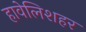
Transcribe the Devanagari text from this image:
हावेलिशहर